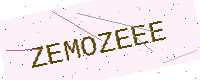
Text: ZEMOZEEE